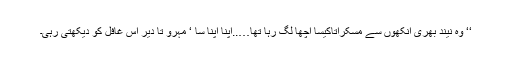
‘‘ وہ نیند بھری آنکھوں سے مسکراتاکیسا اچھا لگ رہا تھا…..اپنا اپنا سا ‘ مہرو تا دیر اس غافل کو دیکھتی رہی۔